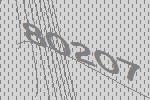
80207